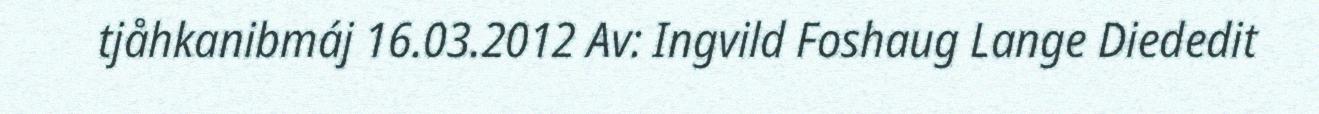
tjåhkanibmáj 16.03.2012 Av: Ingvild Foshaug Lange Diededit